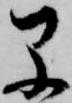
早